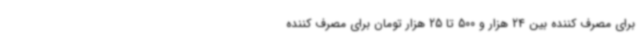
برای مصرف کننده بین 24 هزار و 500 تا 25 هزار تومان برای مصرف کننده